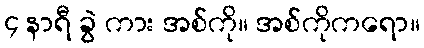
၄ နာရီ ခွဲ ကား အစ်ကို။ အစ်ကိုကရော။